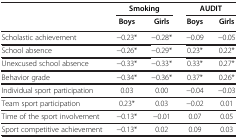
| <ROWSPAN=2>  | <COLSPAN=2> Smoking | <COLSPAN=2> AUDIT |
 | Boys | Girls | Boys | Girls |
 | --- | --- | --- | --- | --- |
 | Scholastic achievement | −0.23* | −0.28* | −0.09 | −0.05 |
 | School absence | −0.26* | −0.29* | 0.23* | 0.22* |
 | Unexcused school absence | −0.33* | −0.33* | 0.33* | 0.27* |
 | Behavior grade | −0.34* | −0.36* | 0.37* | 0.26* |
 | Individual sport participation | 0.03 | 0.00 | −0.04 | −0.03 |
 | Team sport participation | 0.23* | 0.03 | −0.02 | 0.01 |
 | Time of the sport involvement | −0.13* | −0.01 | 0.07 | 0.05 |
 | Sport competitive achievement | −0.13* | 0.02 | 0.09 | 0.03 |